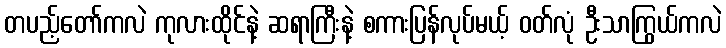
တပည့်တော်ကလဲ ကုလားထိုင်နဲ့ ဆရာကြီးနဲ့ စကားပြန်လုပ်မယ့် ဝတ်လုံ ဦးသာကြွယ်ကလဲ